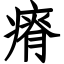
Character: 瘠